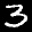
Label: 3